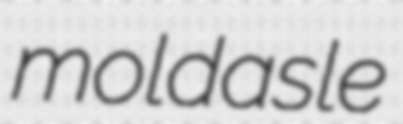
moldasle